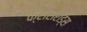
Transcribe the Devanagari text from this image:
क्रासरोड्स